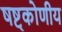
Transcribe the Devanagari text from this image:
षष्ट्कोणीय